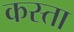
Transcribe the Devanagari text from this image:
कस्ता